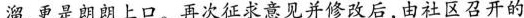
溜，更是朗朗上口。再次征求意见并修改后，由社区召开的